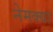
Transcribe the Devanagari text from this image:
नेमक्‍या